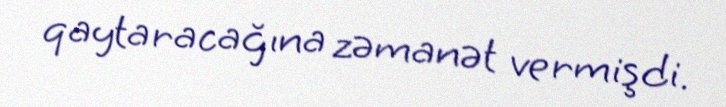
qaytaracağına zəmanət vermişdi.